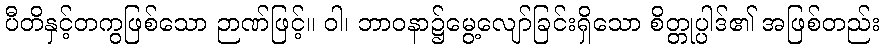
ပီတိနှင့်တကွဖြစ်သော ဉာဏ်ဖြင့်။ ဝါ၊ ဘာဝနာ၌မွေ့လျော်ခြင်းရှိသော စိတ္တုပ္ပါဒ်၏ အဖြစ်တည်း